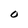
Character: O